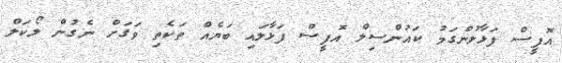
އޮފީސް ފަޅާލުންގަމު ކައުންސިލް އޮފީސް ފަޅާލައި ބަޔެއް ތަކެތި ވަގަށް ނެގުން ލޯކަލް